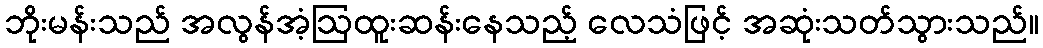
ဘိုးမန်းသည် အလွန်အံ့ဩထူးဆန်းနေသည့် လေသံဖြင့် အဆုံးသတ်သွားသည်။